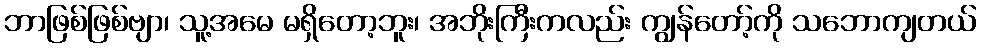
ဘာဖြစ်ဖြစ်ဗျာ၊ သူ့အမေ မရှိတော့ဘူး၊ အဘိုးကြီးကလည်း ကျွန်တော့်ကို သဘောကျတယ်